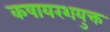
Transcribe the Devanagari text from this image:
कषायरशयुक्त